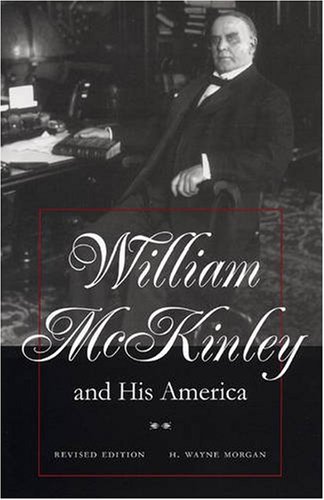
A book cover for William McKinley and His America; H. Wayne Morgan; Biographies & Memoirs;